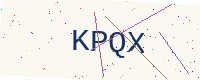
Text: KPQX